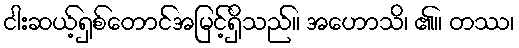
ငါးဆယ့်ရှစ်တောင်အမြင့်ရှိသည်။ အဟောသိ၊ ၏။ တဿ၊